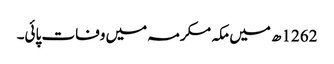
1262ھ میں مکہ مکرمہ میں وفات پائی۔